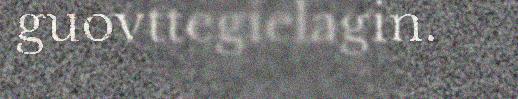
guovttegielagin.